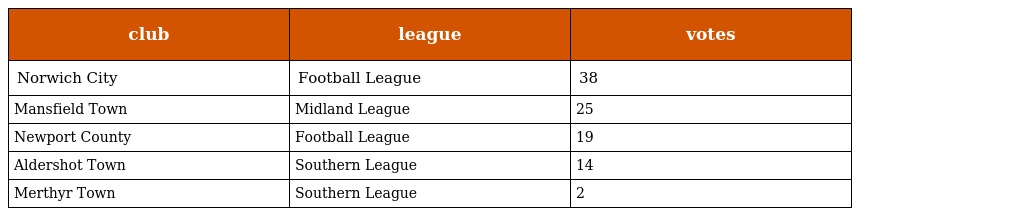
| club | league | votes |
 | --- | --- | --- |
 | Norwich City | Football League | 38 |
 | Mansfield Town | Midland League | 25 |
 | Newport County | Football League | 19 |
 | Aldershot Town | Southern League | 14 |
 | Merthyr Town | Southern League | 2 |